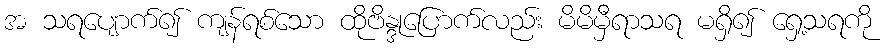
အ သရပျောက်၍ ကျန်ရစ်သော ထိုဗိန္ဒုပြောက်လည်း မိမိမှီရာသရ မရှိ၍ ရှေ့သရကို